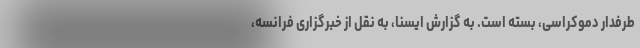
طرفدار دموکراسی، بسته است. به گزارش ایسنا، به نقل از خبرگزاری فرانسه،